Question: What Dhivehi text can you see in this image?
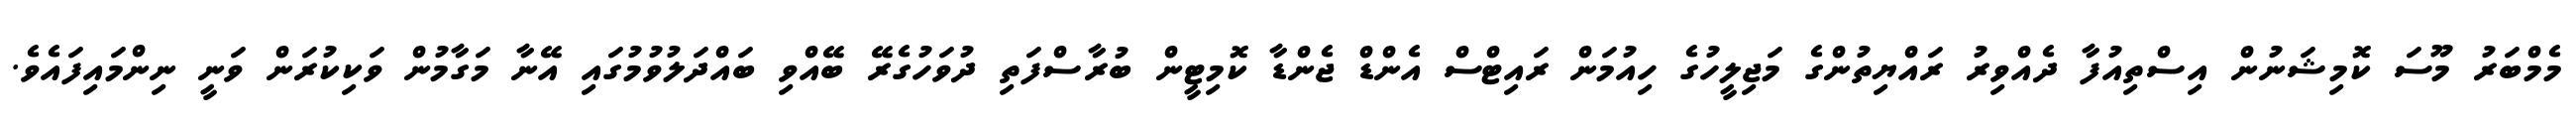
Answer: މެމްބަރު މޫސަ ކޮމިޝަނުން އިސްތިއުފާ ދެއްވިރު ރައްޔިތުންގެ މަޖިލީހުގެ ހިއުމަން ރައިޓްސް އެންޑް ޖެންޑާ ކޮމިޓީން ބުރާސްފަތި ދުވަހުގެރޭ ބޭއްވި ބައްދަލުވުމުގައި އޭނާ މަގާމުން ވަކިކުރަން ވަނީ ނިންމައިފައެވެ.